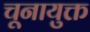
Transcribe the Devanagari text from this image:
चूनायुक्त